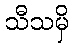
သီသမှိ